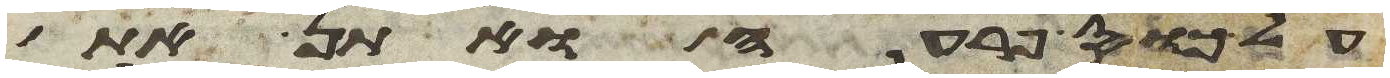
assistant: על כוס פרעה ואתן את